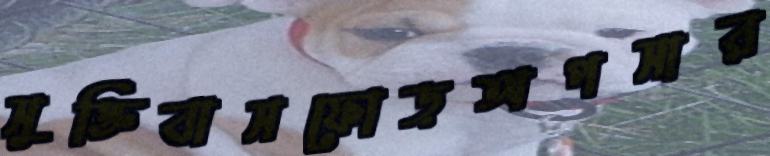
সুক্তিবাসফোড়অপসার